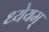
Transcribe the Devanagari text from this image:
ध्येयम्‌